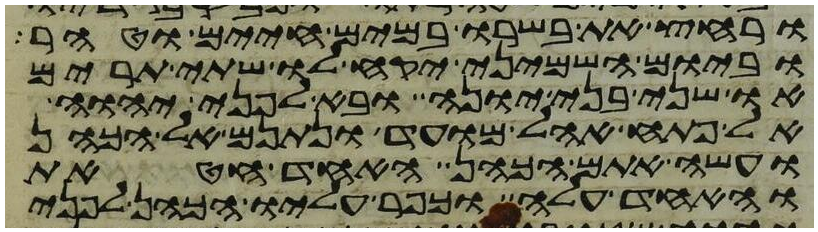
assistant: ורחץ את בשרו במים חיים וטהר
וביום השמיני יקח לו שתי תרים
או שני בני יונה ובא לפני יהוה
אל פתח אהל מועד ונתנם אל הכהן
ועשה אתם הכהן אחד חטאת
ואחד עלה וכפר עליו הכהן לפני